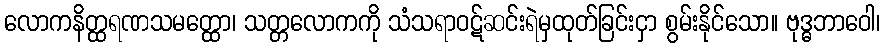
လောကနိတ္ထရဏသမတ္ထော၊ သတ္တလောကကို သံသရာဝဋ်ဆင်းရဲမှထုတ်ခြင်းငှာ စွမ်းနိုင်သော။ ဗုဒ္ဓဘာဝေါ၊